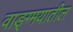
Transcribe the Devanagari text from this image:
वाङ्ग्मयातील